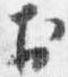
於